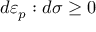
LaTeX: d { \boldsymbol { \varepsilon } } _ { p } : d { \boldsymbol { \sigma } } \geq 0